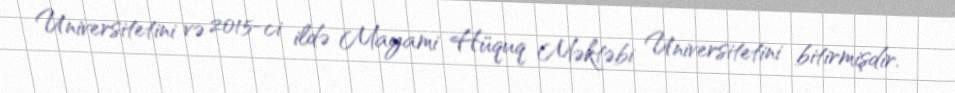
Universitetini və 2015-ci ildə Mayami Hüquq Məktəbi Universitetini bitirmişdir.